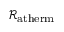
\mathcal { R } _ { \mathrm { a t h e r m } }